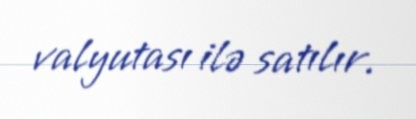
valyutası ilə satılır.